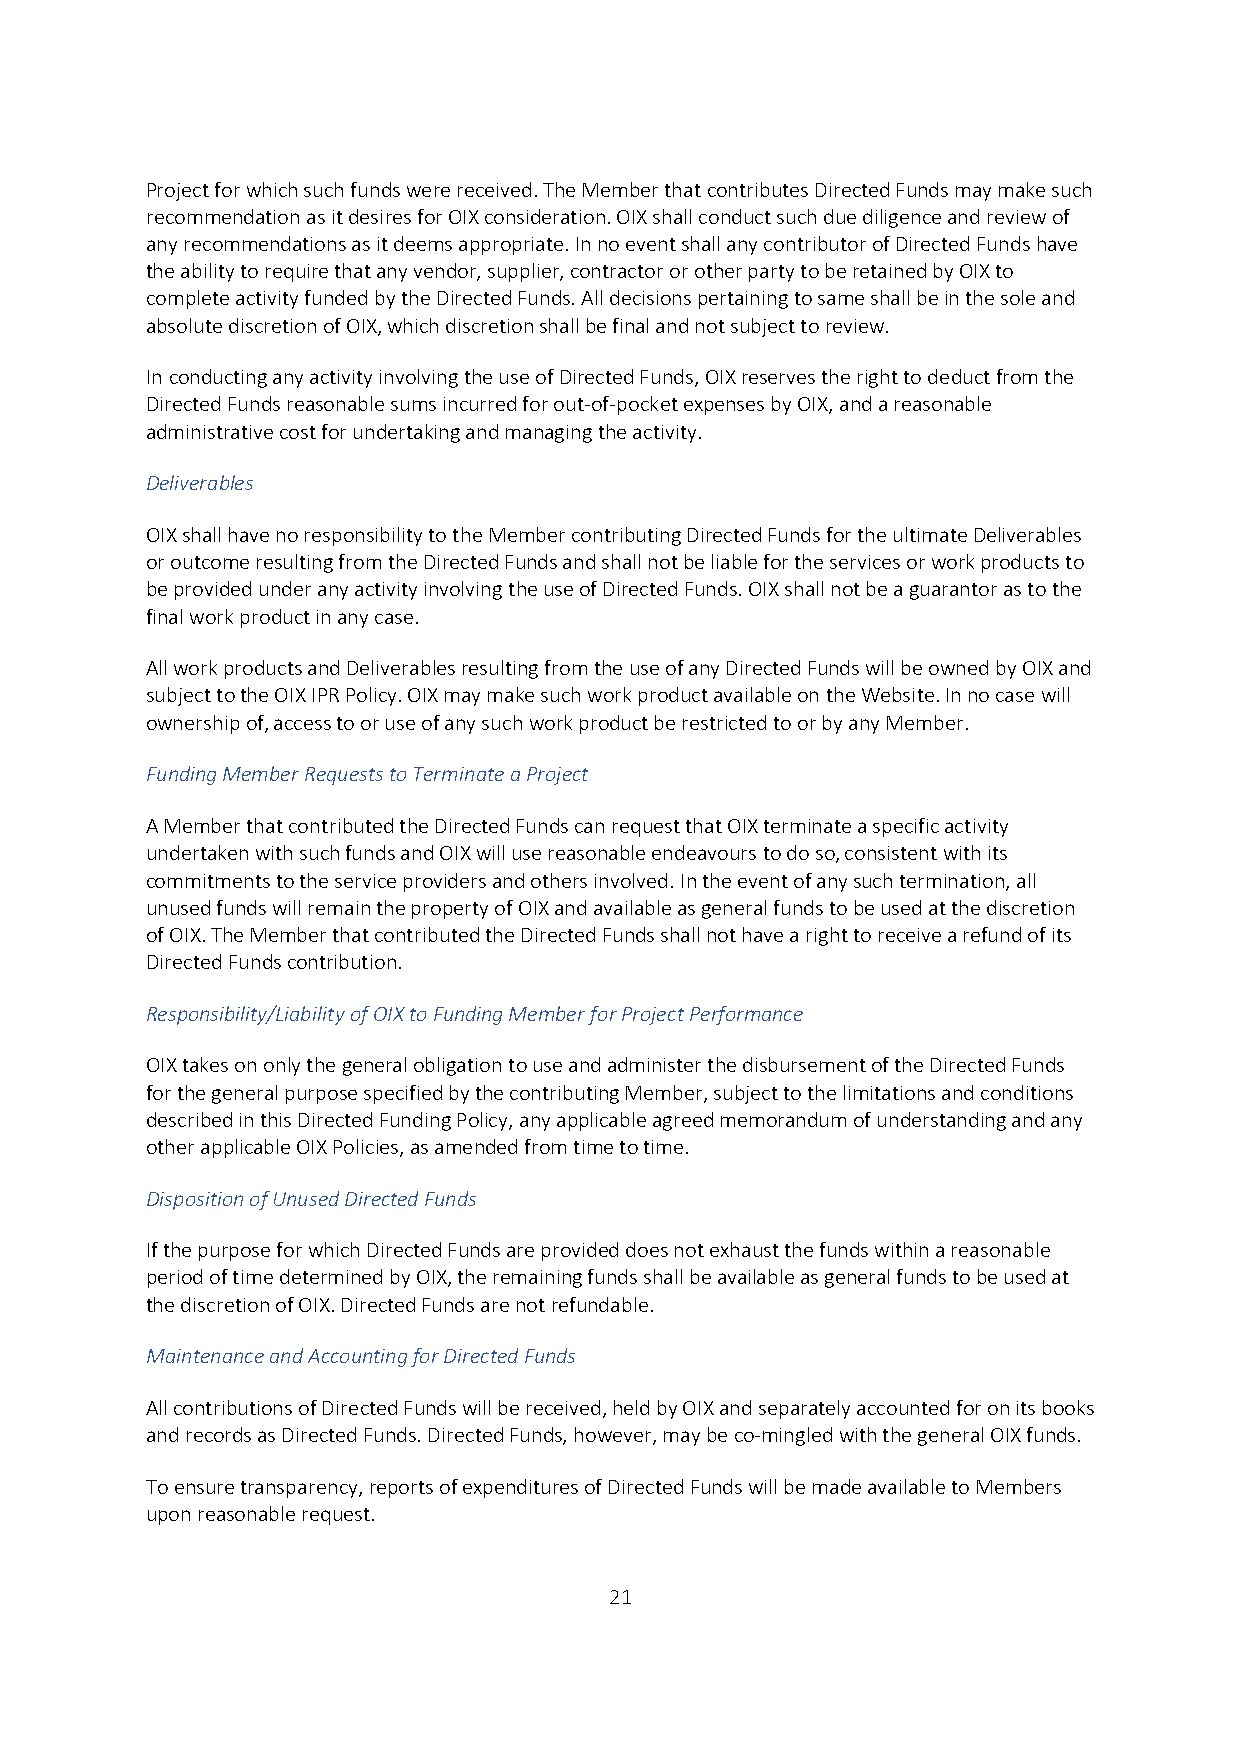
Project for which such funds were received. The Member that contributes Directed Funds may make such
 recommendation as it desires for OIX consideration. OIX shall conduct such due diligence and review of
 any recommendations as it deems appropriate. In no event shall any contributor of Directed Funds have
 the ability to require that any vendor, supplier, contractor or other party to be retained by OIX to
 complete activity funded by the Directed Funds. All decisions pertaining to same shall be in the sole and
 absolute discretion of OIX, which discretion shall be final and not subject to review.
 In conducting any activity involving the use of Directed Funds, OIX reserves the right to deduct from the
 Directed Funds reasonable sums incurred for out-of-pocket expenses by OIX, and a reasonable
 administrative cost for undertaking and managing the activity.
 Deliverables
 OIX shall have no responsibility to the Member contributing Directed Funds for the ultimate Deliverables
 or outcome resulting from the Directed Funds and shall not be liable for the services or work products to
 be provided under any activity involving the use of Directed Funds. OIX shall not be a guarantor as to the
 final work product in any case.
 All work products and Deliverables resulting from the use of any Directed Funds will be owned by OIX and
 subject to the OIX IPR Policy. OIX may make such work product available on the Website. In no case will
 ownership of, access to or use of any such work product be restricted to or by any Member.
 Funding Member Requests to Terminate a Project
 A Member that contributed the Directed Funds can request that OIX terminate a specific activity
 undertaken with such funds and OIX will use reasonable endeavours to do so, consistent with its
 commitments to the service providers and others involved. In the event of any such termination, all
 unused funds will remain the property of OIX and available as general funds to be used at the discretion
 of OIX. The Member that contributed the Directed Funds shall not have a right to receive a refund of its
 Directed Funds contribution.
 Responsibility/Liability of OIX to Funding Member for Project Performance
 OIX takes on only the general obligation to use and administer the disbursement of the Directed Funds
 for the general purpose specified by the contributing Member, subject to the limitations and conditions
 described in this Directed Funding Policy, any applicable agreed memorandum of understanding and any
 other applicable OIX Policies, as amended from time to time.
 Disposition of Unused Directed Funds
 If the purpose for which Directed Funds are provided does not exhaust the funds within a reasonable
 period of time determined by OIX, the remaining funds shall be available as general funds to be used at
 the discretion of OIX. Directed Funds are not refundable.
 Maintenance and Accounting for Directed Funds
 All contributions of Directed Funds will be received, held by OIX and separately accounted for on its books
 and records as Directed Funds. Directed Funds, however, may be co-mingled with the general OIX funds.
 To ensure transparency, reports of expenditures of Directed Funds will be made available to Members
 upon reasonable request.
 21